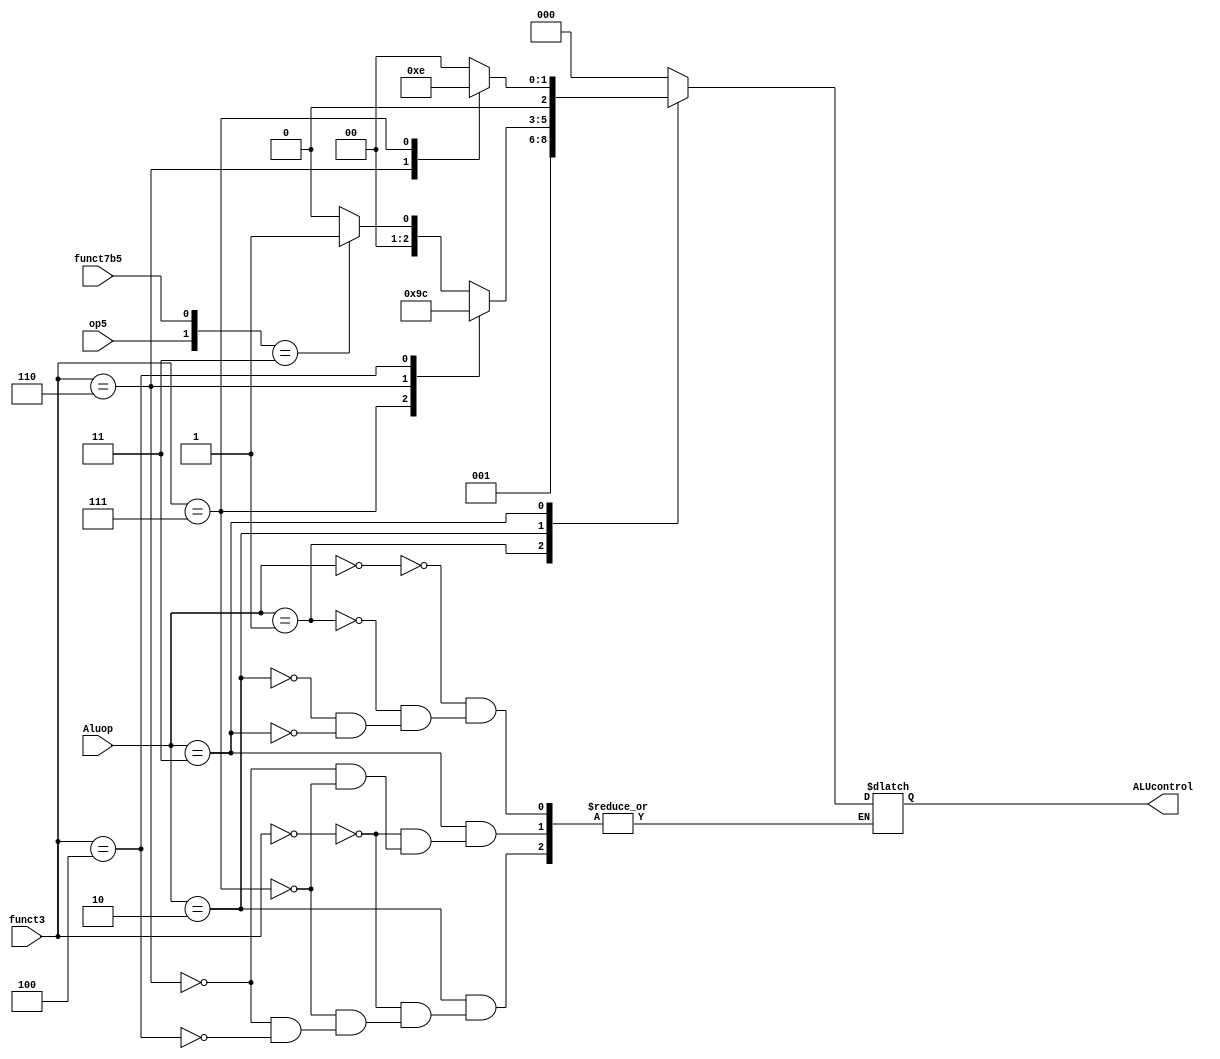
module ALUDec(ALUcontrol,Aluop,funct3,funct7b5,op5);
input [2:0]funct3;
input funct7b5,op5;
input [1:0]Aluop;
output reg [2:0]ALUcontrol;

always @(*)
begin
case (Aluop)
2'b00 : ALUcontrol <= 3'b000; //add
2'b01 : ALUcontrol <= 3'b001; //sub
2'b10 : case(funct3)
3'b000: begin if({op5,funct7b5}== 2'b11) ALUcontrol <= 3'b001; //sub
       else ALUcontrol <= 3'b000; end //add
3'b111: ALUcontrol <= 3'b010; //and
3'b110: ALUcontrol <= 3'b011; //or
3'b100: ALUcontrol <= 3'b100; //xor

endcase
2'b11 : case(funct3)
3'b000: ALUcontrol <= 3'b000; //addi
3'b110: ALUcontrol <= 3'b011; //ori
3'b111: ALUcontrol <= 3'b010; //andi
endcase
default: ALUcontrol <= 3'bxxx;
endcase
end 
endmodule